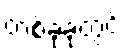
တစ်ခုခုတွင်